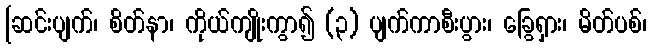
[ဆင်းပျက်၊ စိတ်နာ၊ ကိုယ်ကျိုးကွာ၍ (၃) ပျက်ကာစီးပွား၊ ခြွေရှား၊ မိတ်ပစ်၊